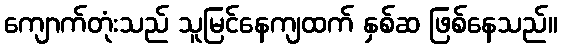
ကျောက်တုံးသည် သူမြင်နေကျထက် နှစ်ဆ ဖြစ်နေသည်။